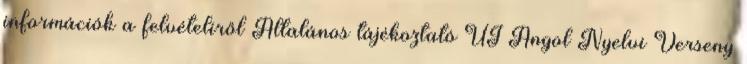
információk a felvételiről Általános tájékoztató ÚJ Angol Nyelvi Verseny